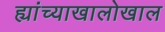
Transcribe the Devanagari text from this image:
ह्यांच्याखालोखाल